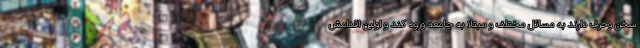
سخن وحرف دارند به مسائل مختلف و مبتلا به جامعه ورود کند و اولین اقدامش